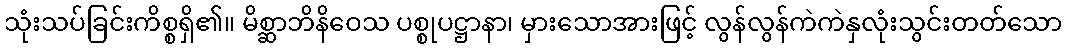
သုံးသပ်ခြင်းကိစ္စရှိ၏။ မိစ္ဆာဘိနိဝေသ ပစ္စုပဋ္ဌာနာ၊ မှားသောအားဖြင့် လွန်လွန်ကဲကဲနှလုံးသွင်းတတ်သော